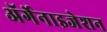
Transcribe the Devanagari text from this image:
ॲर्गेनाइजेशन